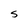
Character: S